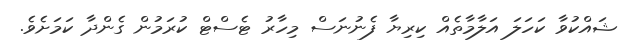
ޝައްކުވާ ކަހަލަ އަލާމާތެއް ކިރިޔާ ފެނުނަސް މިހާރު ޓެސްޓް ކުރަމުން ގެންދާ ކަމަށެވެ.